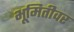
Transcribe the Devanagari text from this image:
भूमितीवर